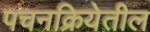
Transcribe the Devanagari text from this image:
पचनक्रियेतील